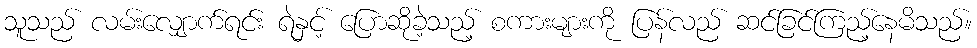
သူသည် လမ်းလျှောက်ရင်း ရဲနှင့် ပြောဆိုခဲ့သည့် စကားများကို ပြန်လည် ဆင်ခြင်ကြည့်နေမိသည်။